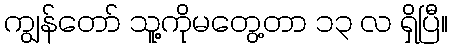
ကျွန်တော် သူ့ကိုမတွေ့တာ ၁၃ လ ရှိပြီ။